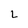
Character: L